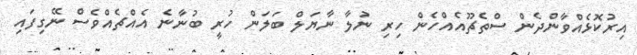
އިރުކޮޅެއްވާންދެން ސްތެޗޫއެއްހެން ހިރި ނުލާ ނާޔަލް ބަލަން ހުރީ ބުނާނެ އެއްޗެއްވެސް ނޭގިފައި